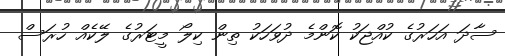
ސާދަ އަހަރުގެ ކުއްޖަކު ކޮންމެ ދުވަހަކު ތިން ކިލޯ މީޓަރުގެ ލޭކެއް ހުރަސް